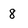
Character: 8